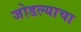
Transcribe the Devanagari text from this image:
जोडल्याचा